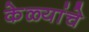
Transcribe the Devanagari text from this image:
केळ्यांचे